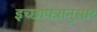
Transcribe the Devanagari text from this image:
इच्छापत्रानुसार